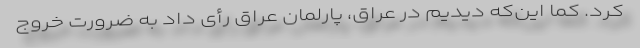
کرد. کما این‌که دیدیم در عراق، پارلمان عراق رأی داد به ضرورت خروج